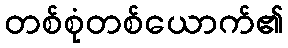
တစ်စုံတစ်ယောက်၏